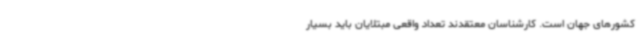
کشورهای جهان است. کارشناسان معتقدند تعداد واقعی مبتلایان باید بسیار